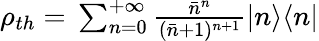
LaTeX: \begin{array}{r}{\rho_{th}=\, \sum_{n=0}^{+\infty}\frac{\bar{n}^{n}}{(\bar{n}+1)^{n+1}}|n\rangle\langle n|}\end{array}